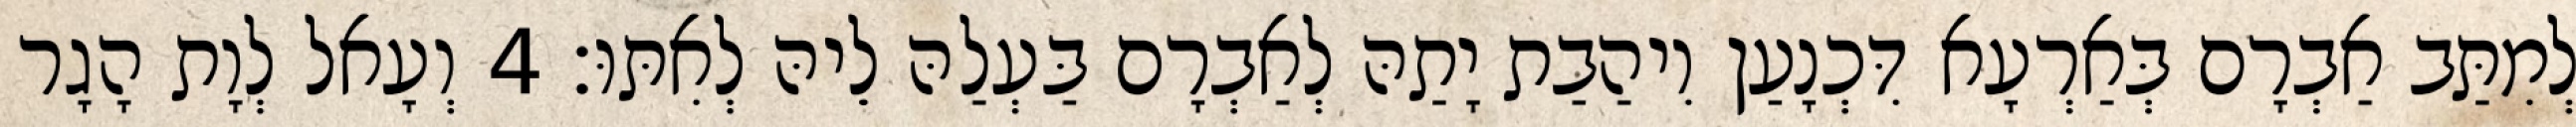
לְמִתַּב אַבְרָם בְּאַרְעָא דִּכְנָעַן וִיהַבַת יָתַהּ לְאַבְרָם בַּעְלַהּ לֵיהּ לְאִתּוּ׃ 4 וְעָאל לְוָת הָגָר